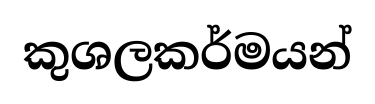
කුශලකර්මයන්